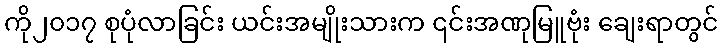
ကို၂၀၁၇ စုပုံလာခြင်း ယင်းအမျိုးသားက ၎င်းအဏုမြူဗုံး ချေးရာတွင်